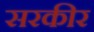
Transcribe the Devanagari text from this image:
सरकीर